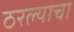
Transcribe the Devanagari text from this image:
ठरल्याचा